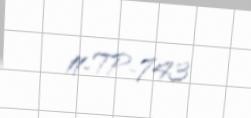
11-TP-743